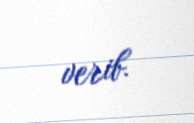
verib.